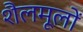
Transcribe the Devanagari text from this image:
शैलमूलों